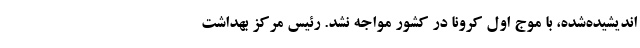
اندیشیده‌شده، با موج اول کرونا در کشور مواجه نشد. رئیس مرکز بهداشت